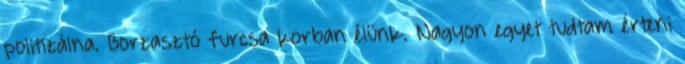
politizálna. Borzasztó furcsa korban élünk. Nagyon egyet tudtam érteni